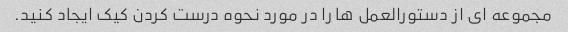
مجموعه ای از دستورالعمل ها را در مورد نحوه درست کردن کیک ایجاد کنید.